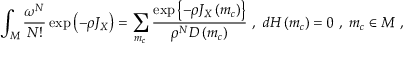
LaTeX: \int _ { M } { \frac { \omega ^ { N } } { N ! } } \exp \left( - \rho J _ { X } \right) = \sum _ { m _ { c } } { \frac { \exp \left\{ - \rho J _ { X } \left( m _ { c } \right) \right\} } { \rho ^ { N } D \left( m _ { c } \right) } } \ , \ d H \left( m _ { c } \right) = 0 \ , \ m _ { c } \in M \ ,